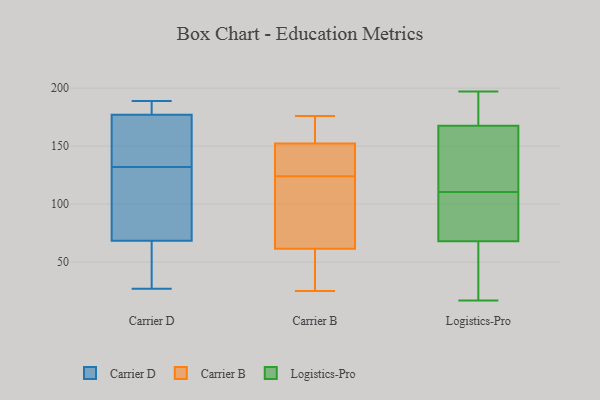
{"axis": {"x": "Satisfaction Score", "y": "Value"}, "legend": ["Carrier B", "Carrier D", "Logistics-Pro"], "data": [{"x": "", "y": 189, "type": "Carrier D"}, {"x": "", "y": 75, "type": "Carrier D"}, {"x": "", "y": 44, "type": "Carrier D"}, {"x": "", "y": 113, "type": "Carrier D"}, {"x": "", "y": 148, "type": "Carrier D"}, {"x": "", "y": 83, "type": "Carrier D"}, {"x": "", "y": 59, "type": "Carrier D"}, {"x": "", "y": 181, "type": "Carrier D"}, {"x": "", "y": 27, "type": "Carrier D"}, {"x": "", "y": 173, "type": "Carrier D"}, {"x": "", "y": 186, "type": "Carrier D"}, {"x": "", "y": 133, "type": "Carrier D"}, {"x": "", "y": 187, "type": "Carrier D"}, {"x": "", "y": 149, "type": "Carrier D"}, {"x": "", "y": 62, "type": "Carrier D"}, {"x": "", "y": 131, "type": "Carrier D"}, {"x": "", "y": 25, "type": "Carrier B"}, {"x": "", "y": 50, "type": "Carrier B"}, {"x": "", "y": 114, "type": "Carrier B"}, {"x": "", "y": 131, "type": "Carrier B"}, {"x": "", "y": 166, "type": "Carrier B"}, {"x": "", "y": 60, "type": "Carrier B"}, {"x": "", "y": 124, "type": "Carrier B"}, {"x": "", "y": 176, "type": "Carrier B"}, {"x": "", "y": 51, "type": "Carrier B"}, {"x": "", "y": 116, "type": "Carrier B"}, {"x": "", "y": 146, "type": "Carrier B"}, {"x": "", "y": 148, "type": "Carrier B"}, {"x": "", "y": 62, "type": "Carrier B"}, {"x": "", "y": 168, "type": "Carrier B"}, {"x": "", "y": 165, "type": "Carrier B"}, {"x": "", "y": 76, "type": "Carrier B"}, {"x": "", "y": 143, "type": "Carrier B"}, {"x": "", "y": 93, "type": "Logistics-Pro"}, {"x": "", "y": 17, "type": "Logistics-Pro"}, {"x": "", "y": 93, "type": "Logistics-Pro"}, {"x": "", "y": 169, "type": "Logistics-Pro"}, {"x": "", "y": 170, "type": "Logistics-Pro"}, {"x": "", "y": 106, "type": "Logistics-Pro"}, {"x": "", "y": 166, "type": "Logistics-Pro"}, {"x": "", "y": 62, "type": "Logistics-Pro"}, {"x": "", "y": 80, "type": "Logistics-Pro"}, {"x": "", "y": 173, "type": "Logistics-Pro"}, {"x": "", "y": 197, "type": "Logistics-Pro"}, {"x": "", "y": 165, "type": "Logistics-Pro"}, {"x": "", "y": 74, "type": "Logistics-Pro"}, {"x": "", "y": 52, "type": "Logistics-Pro"}, {"x": "", "y": 130, "type": "Logistics-Pro"}, {"x": "", "y": 28, "type": "Logistics-Pro"}, {"x": "", "y": 40, "type": "Logistics-Pro"}, {"x": "", "y": 115, "type": "Logistics-Pro"}, {"x": "", "y": 128, "type": "Logistics-Pro"}, {"x": "", "y": 193, "type": "Logistics-Pro"}]}